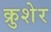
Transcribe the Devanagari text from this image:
क्रुशेर